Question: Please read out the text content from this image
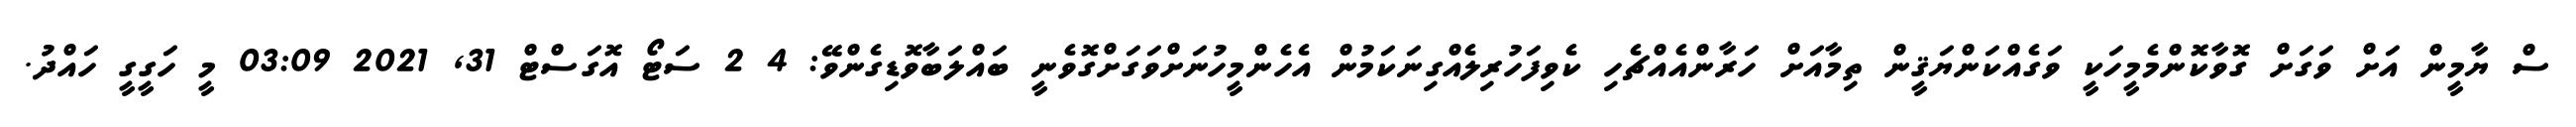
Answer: ސް ޔާމީން އަށް ވަގަށް ގޮވާކޮންމެމީހަކީ ވަގެއްކަންޔަޤީން ތިމާއަށް ހަރާންއެއްޗެހި ކެވިފަހުރިލެއްގިނަކަމުން އެހެންމީހުނަށްވަގަށްގޮވެނީ ބައްލަބާވޮޑިގެންވޭ: 4 2 ސަޓޯ އޮގަސްޓް 31, 2021 03:09 މީ ހަގީގީ ހައްދު.